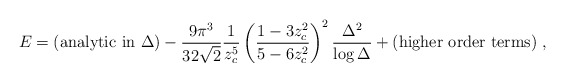
\begin{align*}E = ({\rm analytic\ in\ } \Delta) - {9 \pi^3 \over 32 \sqrt 2} {1 \over z_c^5} \left( {1 - 3 z_c^2 \over 5 - 6 z_c^2} \right)^2 {\Delta^2 \over \log \Delta} + ({\rm higher\ order\ terms}) \ , \end{align*}